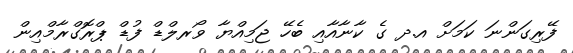
ފޭރިގަންނަ ކަމަށް އ.ދ ގެ ކާނާއާއި ބެހޭ ޖަމިއްޔާ ވޯރލްޑް ފުޑް ޕްރޮގްރާމްއިން